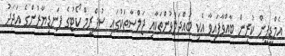
އެމްޑީޕީން ކުރިން ބާއްވާފައިވާ އެކި ބައްދަލުވުންތަކާއި ޖަލްސާތަކުގައި ސުޕްރީމް ކޯޓުގެ ފަނޑިޔާރުންގެ އަދަދު